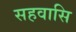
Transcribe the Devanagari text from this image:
सहवासि